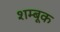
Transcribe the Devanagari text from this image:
शम्बूक